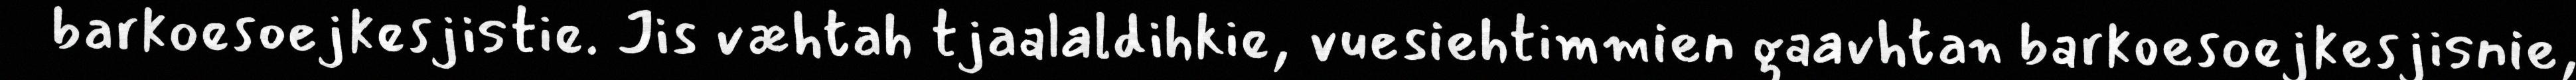
barkoesoejkesjistie. Jis væhtah tjaalaldihkie, vuesiehtimmien gaavhtan barkoesoejkesjisnie,